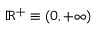
\scriptstyle \mathbb { R } ^ { + } \; \equiv \; \left( 0 , \, + \infty \right)